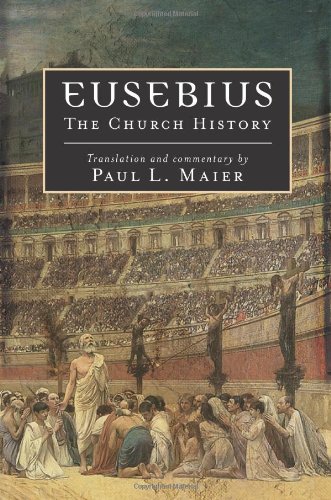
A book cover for Eusebius: The Church History; Eusebius; Christian Books & Bibles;